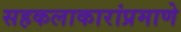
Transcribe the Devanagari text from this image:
सहकलाकारांप्रमाणे